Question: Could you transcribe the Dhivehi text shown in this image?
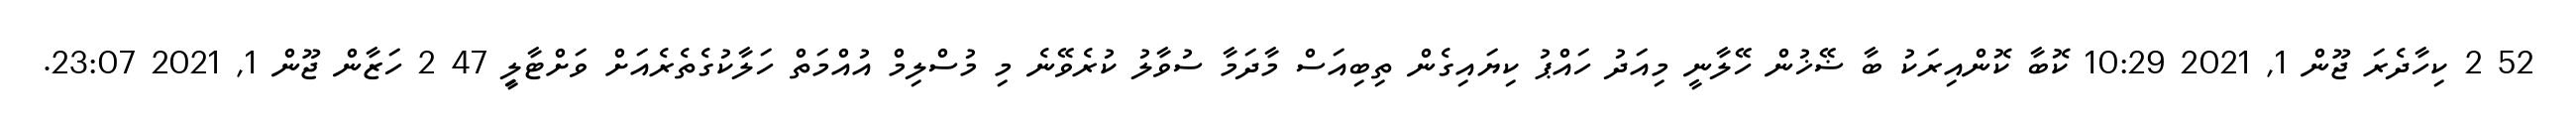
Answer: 52 2 ކިހާދެރަ ޖޫން 1, 2021 10:29 ކޮބާ ކޮންއިރަކު ބާ ޟޭޚުން ހޭލާނީ މިއަދު ހައްޕު ކިޔައިގެން ތިބިއަސް މާދަމާ ސުވާލު ކުރެވޭނެ މި މުސްލިމް އުއްމަތް ހަލާކުގެތެރެއަށް ވަށްޓާލިީ 47 2 ހަޒާން ޖޫން 1, 2021 23:07.